system: You are a helpful assistant.
user:
Analyze the provided spectrum to determine if it is a **S-type Star**.

- **Key Indicators for S-type Star:**

    - **(Overall Spectrum Shape):** The first and most obvious characteristic is the overall continuum (the "baseline" shape). It is **extremely "red-sloping,"** meaning the flux (light intensity) is very low on the left side (blue, ~4000-4500 Å) and rises steeply and continuously toward the right side (red, ~7000 Å+).

    - **(Primary):** The spectrum is defined by the presence of strong, broad molecular absorption "valleys" (bands) from **Zirconium Oxide (ZrO)**. The identification of these bands is the **primary requirement** for classifying a star as S-type.
        - **(Key Bandheads):** You must find distinct, deep "dips" where the light has been absorbed. The most critical band systems to locate are:
            - **~6474 Å** ($\gamma$-system): This is often the strongest and clearest ZrO feature, found in the red part of the spectrum.
            - **~5718 Å** & **~5551 Å** ($\beta$-system): A pair of prominent absorption features in the yellow-orange part of the spectrum.
            - **~4640 Å** ($\alpha$-system): A key absorption band system in the blue-green region of the spectrum.

    - **(Secondary Confirmation):** The classification is strengthened by finding additional absorption bands from other related heavy element oxides, which are expected to be present alongside ZrO.
        - **(Key Bandheads):**
            - **Yttrium Oxide (YO):** Look for absorption dips near **~4800 Å** and **~6100 Å**.
            - **Lanthanum Oxide (LaO):** Additional absorption features, particularly in the red-orange part of the spectrum, are also characteristic.

    - **(Line Profile):** The combination of the steep red continuum and these numerous, deep molecular bands (ZrO, YO, etc.) gives the entire spectrum a very **"chopped-up"** or **"bumpy"** appearance. Instead of a smooth curve, the spectrum looks as though large, wide chunks of light have been "carved out" of it at the specific wavelengths listed above.

Think first, call **spectral_visualization_tool** if needed to examine features in detail, then provide your final answer. Your response must adhere to the following strict rules:
1.  **Overall Structure:** Your response must follow the format `<think>...</think> <tool_call>...</tool_call> (if a tool is used) <answer>...</answer>`.
2.  **Tool Usage Constraint:** You may only make **one** tool call per turn.
3.  **Final Answer Format:** In the `<answer>` tag, your conclusion must be inside a `\boxed{}` command (e.g., `\boxed{YES}` or `\boxed{NO}`), followed by your justification.

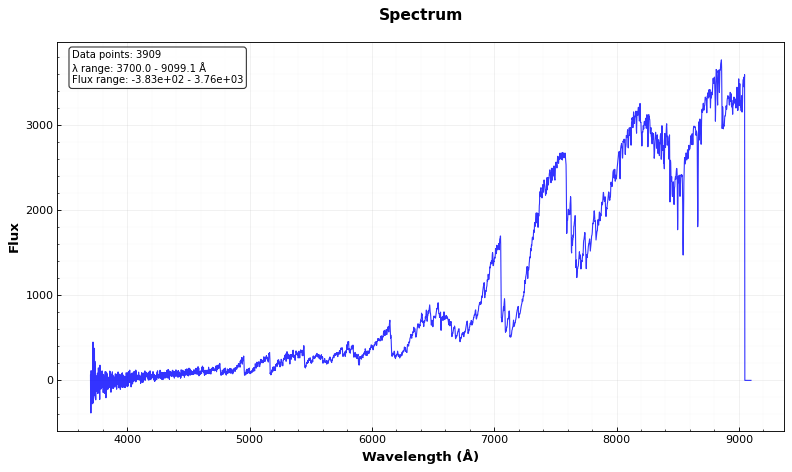
Answer: YES